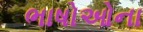
ભાષોઓના